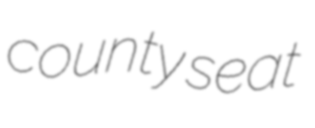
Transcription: county seat